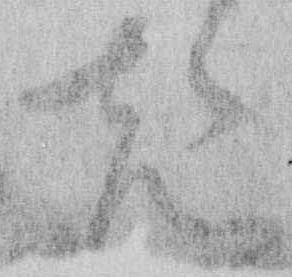
先